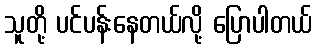
သူတို့ ပင်ပန်းနေတယ်လို့ ပြောပါတယ်